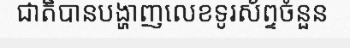
ជាតិបានបង្ហាញលេខទូរស័ព្ទចំនួន